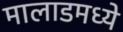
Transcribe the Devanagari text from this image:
मालाडमध्ये